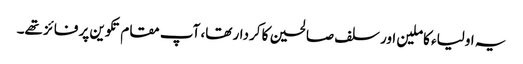
یہ اولیاء کاملین اور سلف صالحین کا کردار تھا، آپ مقام تکوین پر فائز تھے۔